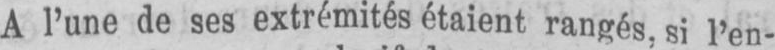
A l’une de ses extrémités étaient rangés, si l’en-